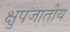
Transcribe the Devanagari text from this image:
क्षुपजातीय